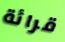
قرائة